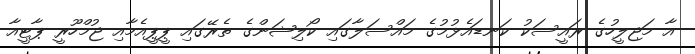
އާ މަޖިލީހުގެ ރައީސަކު ކަނޑައެޅުމުގެ މައްސަލާގައި ކޯލިޝަންގެ ތެރޭގައި ޕީޕީއެމާއި ޖުމްހޫރީ ޕާޓީއާ